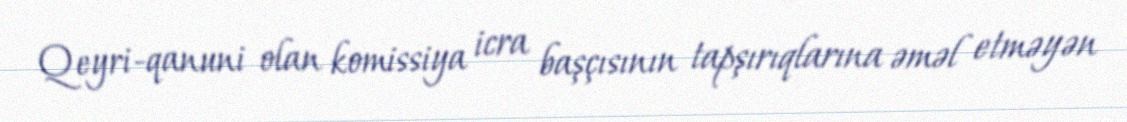
Qeyri-qanuni olan komissiya icra başçısının tapşırıqlarına əməl etməyən